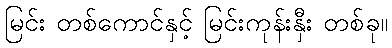
မြင်း တစ်ကောင်နှင့် မြင်းကုန်းနှီး တစ်ခု။